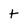
Character: t